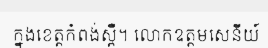
ក្នុងខេត្តកំពង់ស្ពឺ។ លោកឧត្តមសេនីយ៍